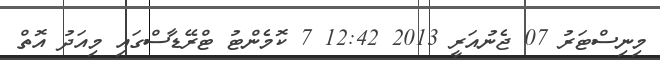
މިނިސްޓަރު 07 ޖެނުއަރީ 2013 12:42 7 ކޮމެންޓު ޓްރޭޑާސްގައި މިއަދު އޮތް